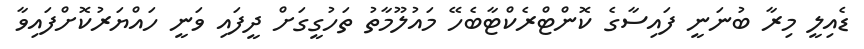
ޑެއިލީ މިރާ ބުނަނީ ފައިސާގެ ކޮންޓްރެކްޓާބެހޭ މައުލޫމާތު ތަހުގީގަށް ދީފައި ވަނީ ހައްޔަރުކޮށްފައިވާ